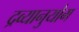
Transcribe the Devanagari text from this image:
द्रव्यानुयोग